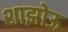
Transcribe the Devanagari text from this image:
शाझोऊ